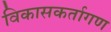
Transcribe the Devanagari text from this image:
विकासकर्तागण